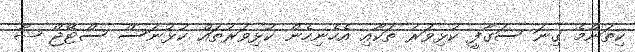
ކިތަންމެ ގިނަ ސަގާފީ ކުޅިވަރު ތަކާއި އެހެނިހެން ކުޅިވަރުތައް ކުޅުނަސް ސްޓޭޖް ޝޯ